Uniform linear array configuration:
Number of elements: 16
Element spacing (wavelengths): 0.75
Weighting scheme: uniform
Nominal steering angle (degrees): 30
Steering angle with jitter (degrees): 30.325
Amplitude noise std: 0.05
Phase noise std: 0.05

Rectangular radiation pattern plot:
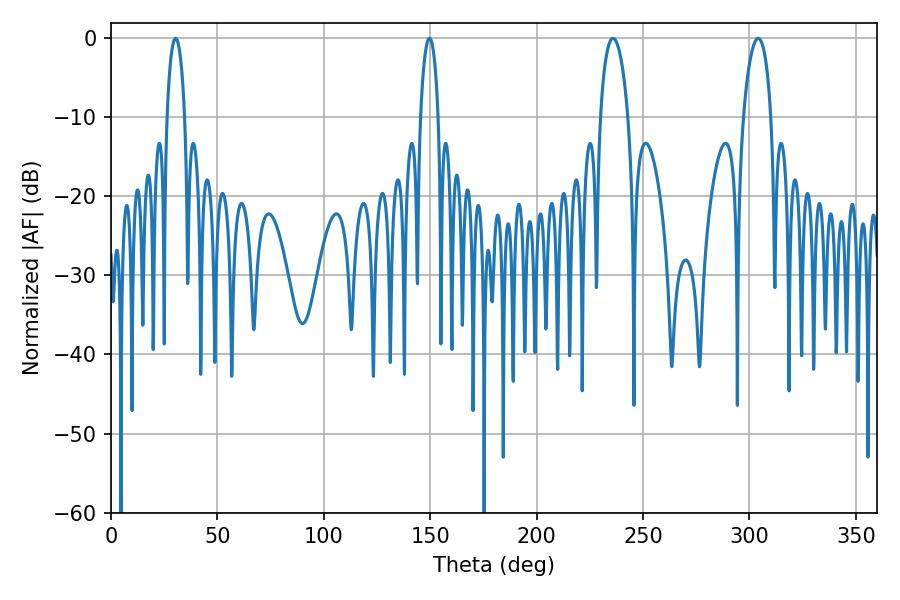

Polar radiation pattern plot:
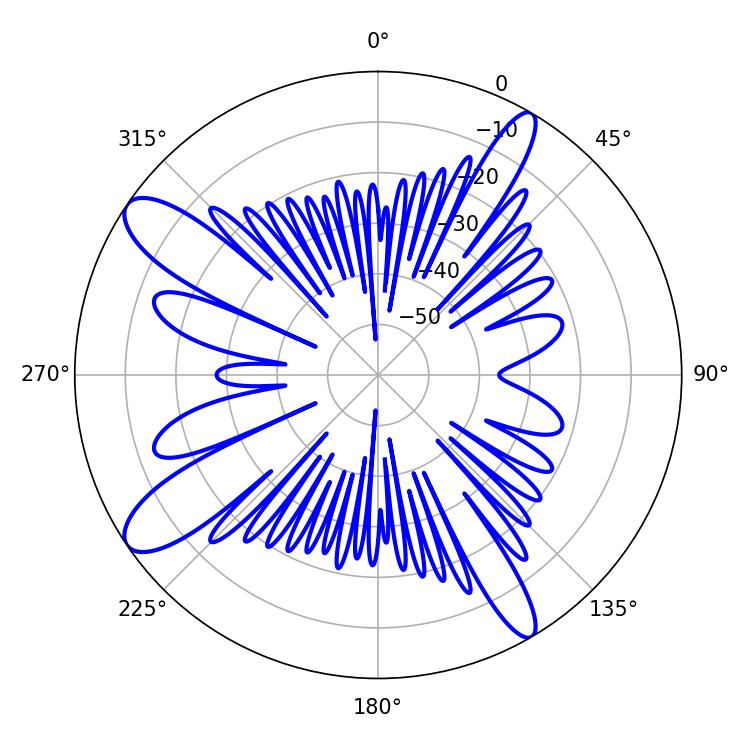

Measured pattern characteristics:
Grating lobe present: TRUE
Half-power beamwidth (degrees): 7.38
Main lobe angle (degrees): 304.02